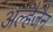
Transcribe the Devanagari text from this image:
अल्हैजैन